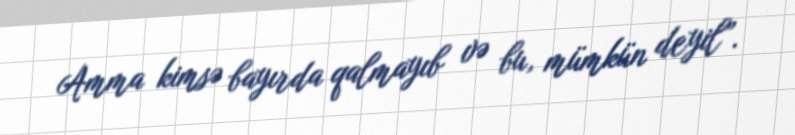
Amma kimsə bayırda qalmayıb və bu, mümkün deyil”.